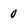
Character: 0